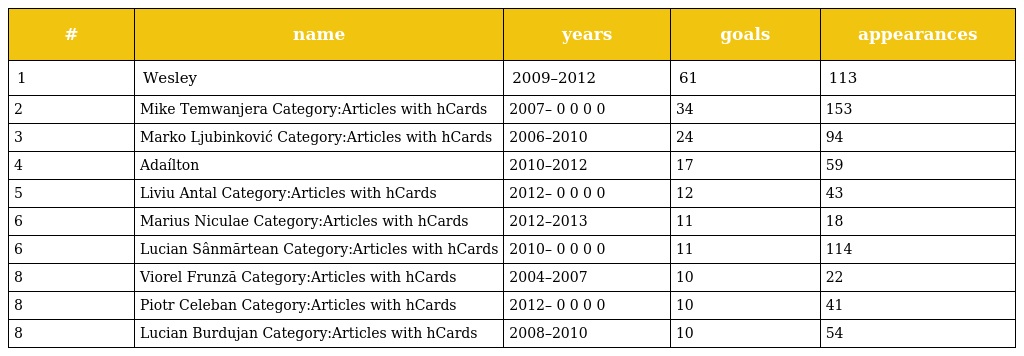
| # | name | years | goals | appearances |
 | --- | --- | --- | --- | --- |
 | 1 | Wesley | 2009–2012 | 61 | 113 |
 | 2 | Mike Temwanjera Category:Articles with hCards | 2007– 0 0 0 0 | 34 | 153 |
 | 3 | Marko Ljubinković Category:Articles with hCards | 2006–2010 | 24 | 94 |
 | 4 | Adaílton | 2010–2012 | 17 | 59 |
 | 5 | Liviu Antal Category:Articles with hCards | 2012– 0 0 0 0 | 12 | 43 |
 | 6 | Marius Niculae Category:Articles with hCards | 2012–2013 | 11 | 18 |
 | 6 | Lucian Sânmărtean Category:Articles with hCards | 2010– 0 0 0 0 | 11 | 114 |
 | 8 | Viorel Frunză Category:Articles with hCards | 2004–2007 | 10 | 22 |
 | 8 | Piotr Celeban Category:Articles with hCards | 2012– 0 0 0 0 | 10 | 41 |
 | 8 | Lucian Burdujan Category:Articles with hCards | 2008–2010 | 10 | 54 |